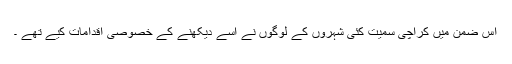
اس ضمن میں کراچی سمیت کئی شہروں کے لوگوں نے اسے دیکھنے کے خصوصی اقدامات کیے تھے ۔